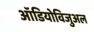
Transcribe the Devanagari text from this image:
ऑडियोविजुअल